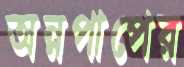
অন্নপাপের